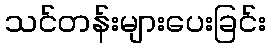
သင်တန်းများပေးခြင်း